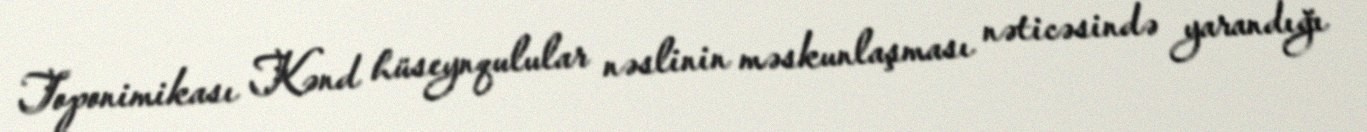
Toponimikası Kənd hüseynqulular nəslinin məskunlaşması nəticəsində yarandığı